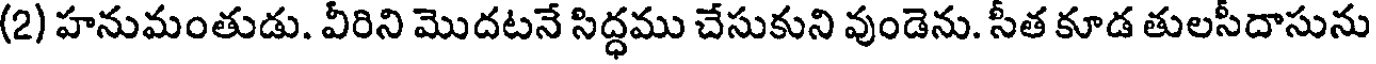
(2) హనుమంతుడు. వీరిని మొదటనే సిద్ధము చేసుకుని వుండెను. సీత కూడ తులసీదాసును